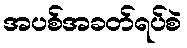
အပစ်အခတ်ရပ်စဲ